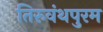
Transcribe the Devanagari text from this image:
तिरुवंथपुरम